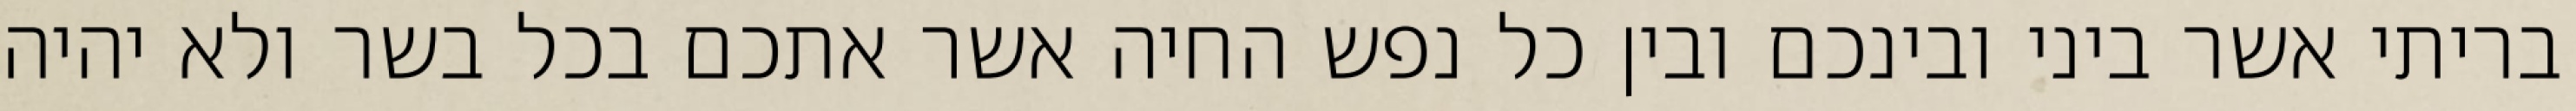
בריתי אשר ביני ובינכם ובין כל נפש החיה אשר אתכם בכל בשר ולא יהיה